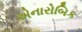
એનારોબિક